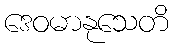
ဒေဝမာနုသေတိ